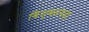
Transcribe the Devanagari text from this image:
विश्वसंपदा